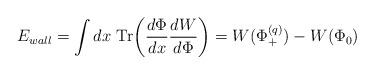
LaTeX: \begin{align*}E_{wall} = \int dx ~ {\rm Tr} \biggl ( {{d\Phi}\over {dx}} {{dW}\over {d\Phi}} \biggr ) = W(\Phi_+^{(q)}) - W (\Phi_0) \end{align*}